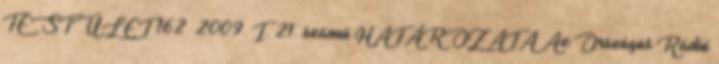
TESTÜLET 162 2009. I. 21. számú HATÁROZATA Az Országos Rádió